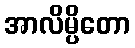
အာလိမ္ပိတော